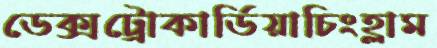
ডেক্সট্রোকার্ডিয়াচিংহ্লাম